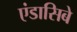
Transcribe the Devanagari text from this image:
एंडासिबे